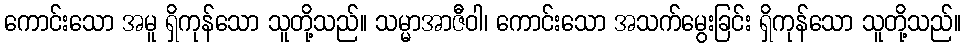
ကောင်းသော အမူ ရှိကုန်သော သူတို့သည်။ သမ္မာအာဇီဝါ၊ ကောင်းသော အသက်မွေးခြင်း ရှိကုန်သော သူတို့သည်။